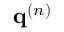
\mathbf { q } ^ { ( n ) }